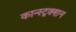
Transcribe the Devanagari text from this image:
कान्स्ट्रक्शन